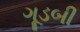
ગૂડબી